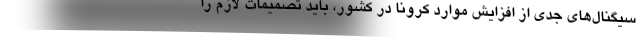
سیگنال‌های جدی از افزایش موارد کرونا در کشور، باید تصمیمات لازم را